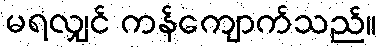
မရလျှင် ကန်ကျောက်သည်။